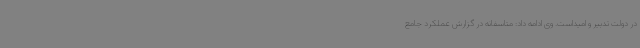
در دولت تدبیر و امیداست. وی ادامه داد: متاسفانه در گزارش عملکرد جامع